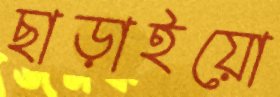
ছাড়াইয়ো